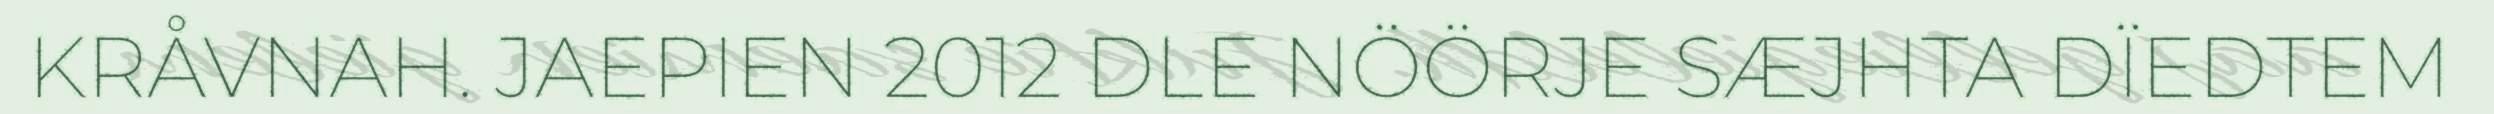
KRÅVNAH. JAEPIEN 2012 DLE NÖÖRJE SÆJHTA DÏEDTEM